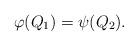
LaTeX: \begin{align*}\varphi(Q_1)=\psi(Q_2).\end{align*}